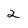
Character: 2